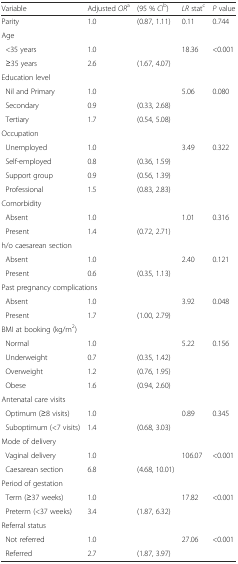
<table><thead><tr><td><b>Variable</b></td><td><b>Adjusted <i>OR</i><sup>a</sup></b></td><td><b>(95 % <i>CI</i><sup>b</sup>)</b></td><td><b><i>LR</i> stat<sup>c</sup></b></td><td><b><i>P</i> value</b></td></tr></thead><tbody><tr><td>Parity</td><td>1.0</td><td>(0.87, 1.11)</td><td>0.11</td><td>0.744</td></tr><tr><td colspan="5">Age</td></tr><tr><td> &lt;35 years</td><td>1.0</td><td></td><td>18.36</td><td>&lt;0.001</td></tr><tr><td> ≥35 years</td><td>2.6</td><td>(1.67, 4.07)</td><td></td><td></td></tr><tr><td colspan="5">Education level</td></tr><tr><td> Nil and Primary</td><td>1.0</td><td></td><td>5.06</td><td>0.080</td></tr><tr><td> Secondary</td><td>0.9</td><td>(0.33, 2.68)</td><td></td><td></td></tr><tr><td> Tertiary</td><td>1.7</td><td>(0.54, 5.08)</td><td></td><td></td></tr><tr><td colspan="5">Occupation</td></tr><tr><td> Unemployed</td><td>1.0</td><td></td><td>3.49</td><td>0.322</td></tr><tr><td> Self-employed</td><td>0.8</td><td>(0.36, 1.59)</td><td></td><td></td></tr><tr><td> Support group</td><td>0.9</td><td>(0.56, 1.39)</td><td></td><td></td></tr><tr><td> Professional</td><td>1.5</td><td>(0.83, 2.83)</td><td></td><td></td></tr><tr><td colspan="5">Comorbidity</td></tr><tr><td> Absent</td><td>1.0</td><td></td><td>1.01</td><td>0.316</td></tr><tr><td> Present</td><td>1.4</td><td>(0.72, 2.71)</td><td></td><td></td></tr><tr><td colspan="5">h/o caesarean section</td></tr><tr><td> Absent</td><td>1.0</td><td></td><td>2.40</td><td>0.121</td></tr><tr><td> Present</td><td>0.6</td><td>(0.35, 1.13)</td><td></td><td></td></tr><tr><td colspan="5">Past pregnancy complications</td></tr><tr><td> Absent</td><td>1.0</td><td></td><td>3.92</td><td>0.048</td></tr><tr><td> Present</td><td>1.7</td><td>(1.00, 2.79)</td><td></td><td></td></tr><tr><td colspan="5">BMI at booking (kg/m<sup>2</sup>)</td></tr><tr><td> Normal</td><td>1.0</td><td></td><td>5.22</td><td>0.156</td></tr><tr><td> Underweight</td><td>0.7</td><td>(0.35, 1.42)</td><td></td><td></td></tr><tr><td> Overweight</td><td>1.2</td><td>(0.76, 1.95)</td><td></td><td></td></tr><tr><td> Obese</td><td>1.6</td><td>(0.94, 2.60)</td><td></td><td></td></tr><tr><td colspan="5">Antenatal care visits</td></tr><tr><td> Optimum (≥8 visits)</td><td>1.0</td><td></td><td>0.89</td><td>0.345</td></tr><tr><td> Suboptimum (&lt;7 visits)</td><td>1.4</td><td>(0.68, 3.03)</td><td></td><td></td></tr><tr><td colspan="5">Mode of delivery</td></tr><tr><td> Vaginal delivery</td><td>1.0</td><td></td><td>106.07</td><td>&lt;0.001</td></tr><tr><td> Caesarean section</td><td>6.8</td><td>(4.68, 10.01)</td><td></td><td></td></tr><tr><td colspan="5">Period of gestation</td></tr><tr><td> Term (≥37 weeks)</td><td>1.0</td><td></td><td>17.82</td><td>&lt;0.001</td></tr><tr><td> Preterm (&lt;37 weeks)</td><td>3.4</td><td>(1.87, 6.32)</td><td></td><td></td></tr><tr><td colspan="5">Referral status</td></tr><tr><td> Not referred</td><td>1.0</td><td></td><td>27.06</td><td>&lt;0.001</td></tr><tr><td> Referred</td><td>2.7</td><td>(1.87, 3.97)</td><td></td><td></td></tr></tbody></table>